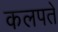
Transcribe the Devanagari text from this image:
कलपते